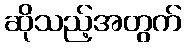
ဆိုသည့်အတွက်